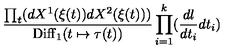
{ \frac { \prod _ { t } ( d X ^ { 1 } ( \xi ( t ) ) d X ^ { 2 } ( \xi ( t ) ) ) } { \mathrm { D i f f } _ { 1 } ( t \mapsto \tau ( t ) ) } } \prod _ { i = 1 } ^ { k } ( { \frac { d l } { d t _ { i } } } d t _ { i } )